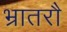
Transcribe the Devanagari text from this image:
भ्रातरौ